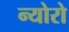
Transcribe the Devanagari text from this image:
न्योरो